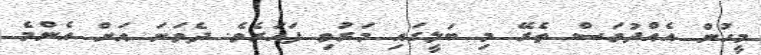
މީހުން އެއްދުވަސް ތެރޭ މި ބަލީގައި މަރުވި ފަހަރެވެ. ދެވަނަ އަށް އެންމެ